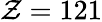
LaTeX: \mathcal{Z}=121